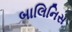
બાલિનિસ